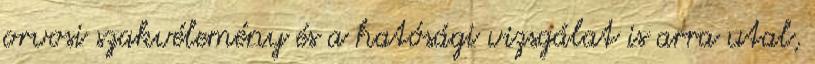
orvosi szakvélemény és a hatósági vizsgálat is arra utal,